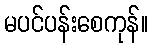
မပင်ပန်းစေကုန်။